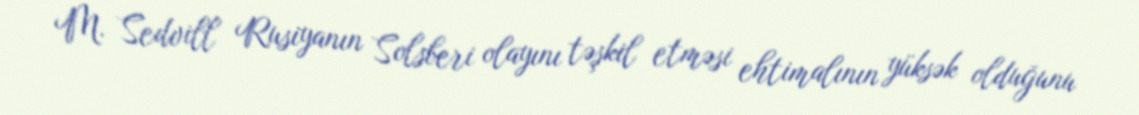
M. Sedvill Rusiyanın Solsberi olayını təşkil etməsi ehtimalının yüksək olduğunu